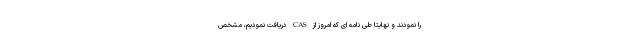
را نمودند و نهایتا طی نامه ای که امروز از CAS دریافت نمودیم، مشخص